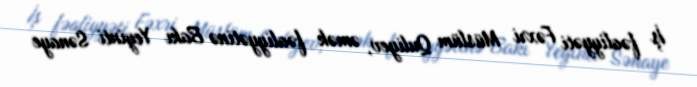
İş fəaliyyəti Fəxri Müslüm Quliyev, əmək fəaliyyətinə Bakı Yeyinti Sənaye